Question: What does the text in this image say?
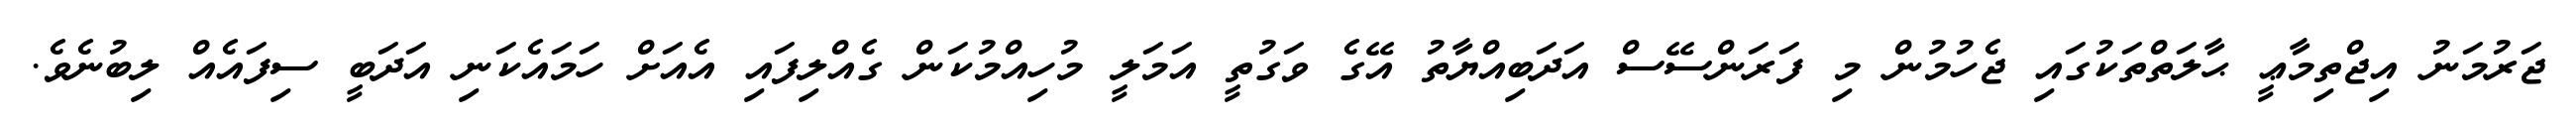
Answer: ޖަރުމަނު އިޖްތިމާޢީ ޙާލަތްތަކުގައި ޖެހުމުން މި ފަރަންސޭސް އަދަބިއްޔާތު އޭގެ ވަގުތީ އަމަލީ މުހިއްމުކަން ގެއްލިފައި އެއަށް ހަމައެކަނި އަދަބީ ސިފައެއް ލިބުނެވެ.